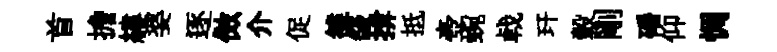
首擔縷婆逐傚介促雒燄揜抵壺蜿㦸玕轂剛磻仰惆